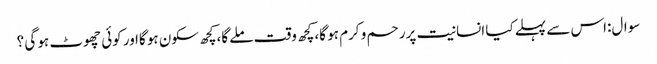
سوال:اس سے پہلے کیا انسانیت پررحم و کرم ہو گا،کچھ وقت ملے گا،کچھ سکون ہو گااور کوئی چھوٹ ہو گی ؟